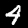
Digit: 4